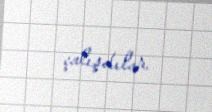
çalışdılar.